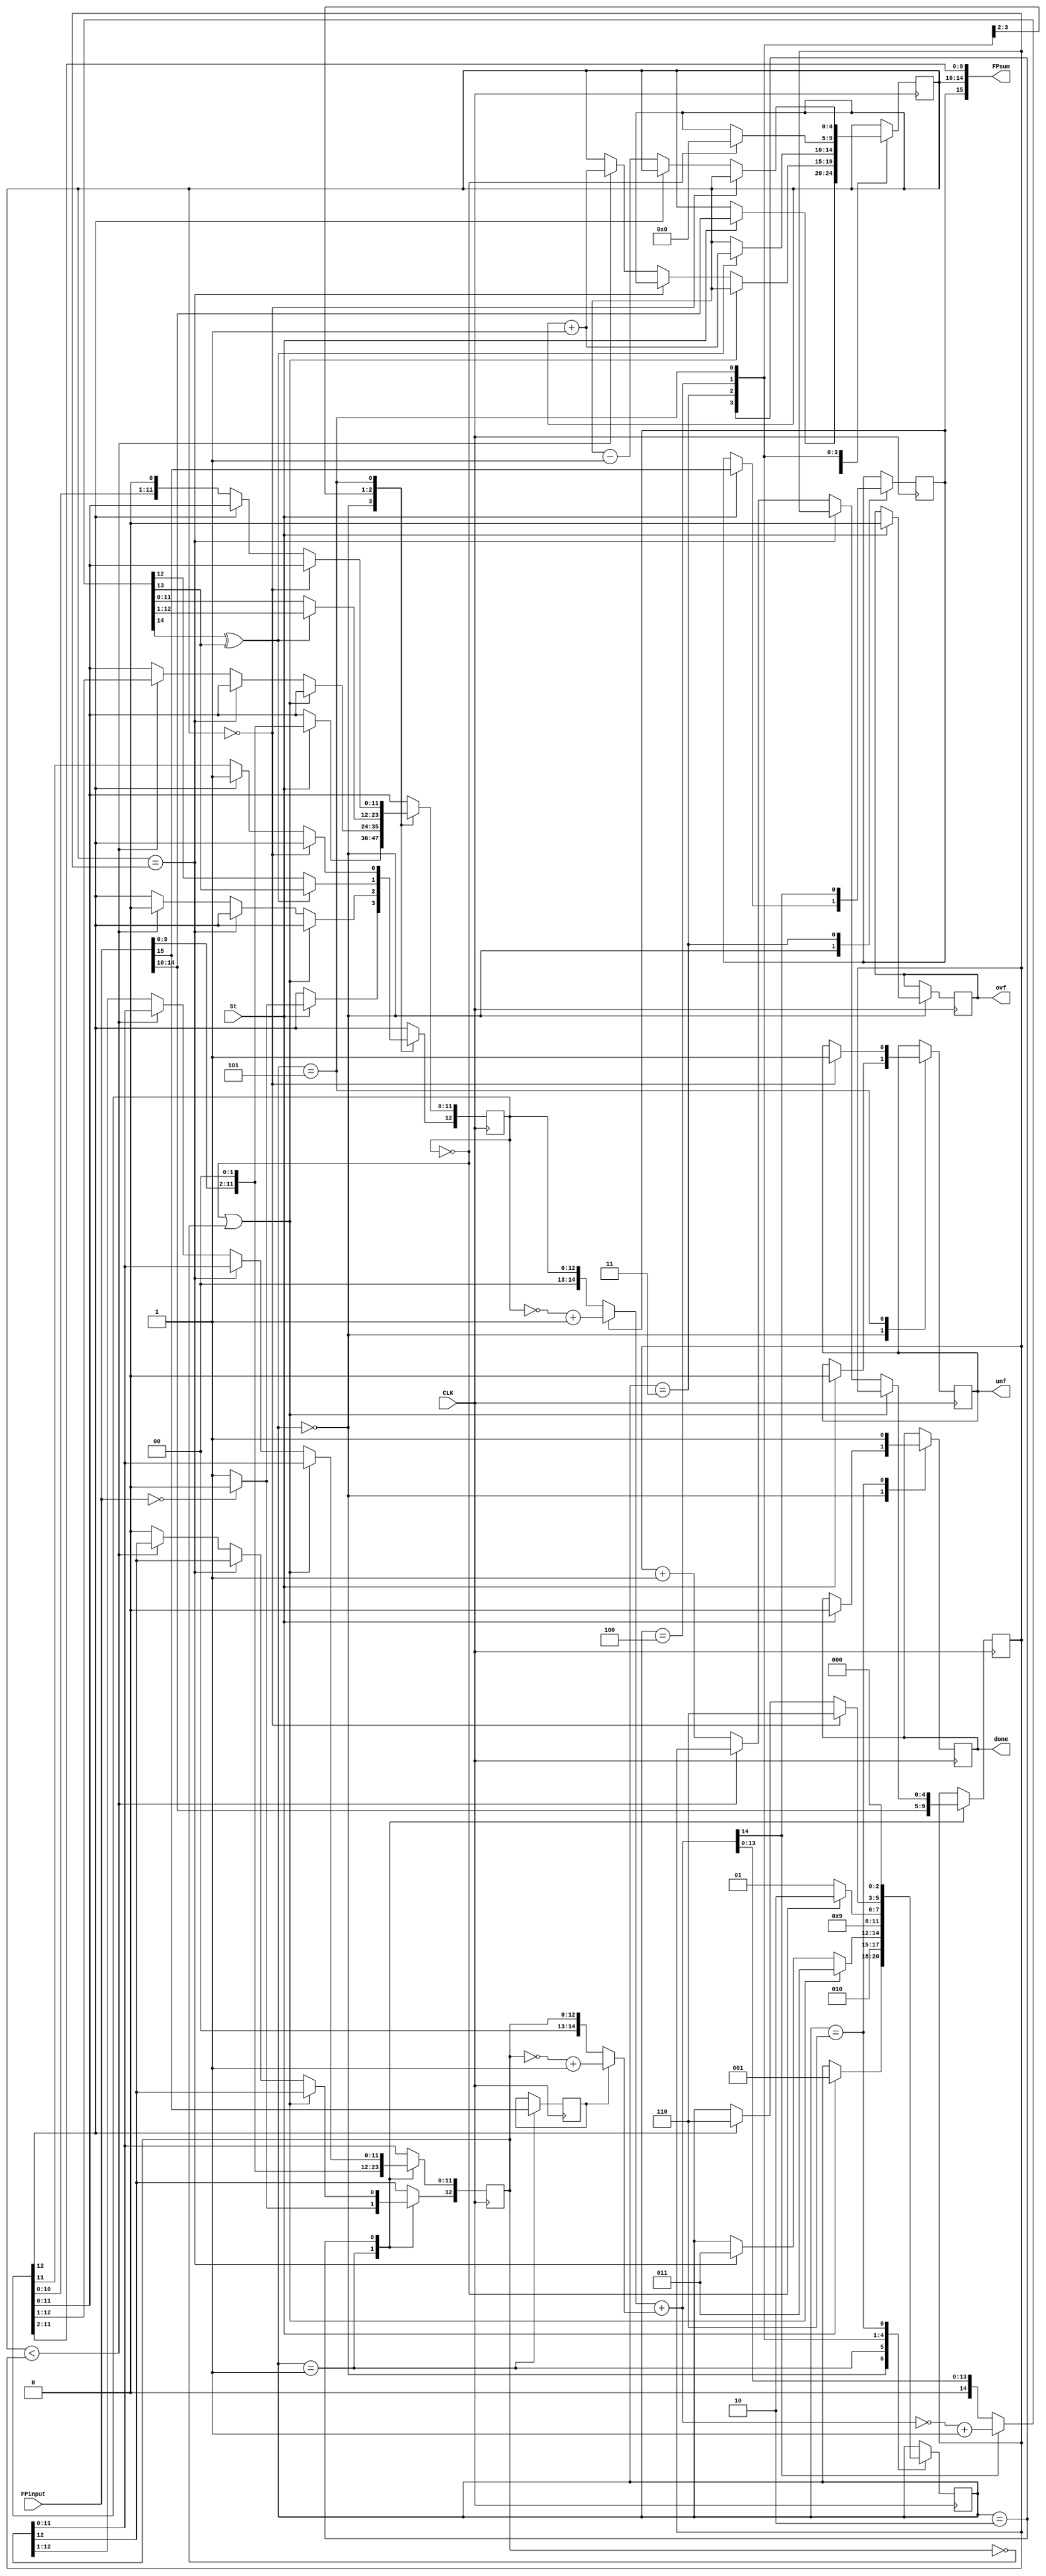
/* in Half precision FPA, 1bit = Sign bit,
								  5 bit = exp , 
								  10 bit = fraction/mentessa 
*/

module FPADD (CLK, St, done, ovf, unf, FPinput, FPsum);
input CLK;
input St;			//?
output reg done;
output reg ovf;	//to check overflow 
output reg unf;	//to check underflow
input[15:0] FPinput;
output[15:0] FPsum;

reg[12:0] F1;	//fraction of in1(10+2) 2 more bit to check overflow condition 
reg[12:0] F2;	//fraction of in2(10+2)
reg[4:0] E1;	//exp of in1
reg[4:0] E2;	//exp of in2
reg S1;  		//in1 sign bit
reg S2;			//in2 sign bit
wire FV;
wire FU;
wire[14:0] F1comp;	//gaurd
wire[14:0] F2comp;
wire[14:0] Addout;	//f1comp+f2comp
wire[14:0] Fsum;
reg[2:0] State;      //stages

initial
begin
State = 0;
done = 0;
ovf = 0;
unf = 0;
S1 = 0;
S2 = 0;
F1 = 0;
F2 = 0;
E1 = 0;
E2 = 0;
end

assign F1comp = (S1) ? ~({2'b00, F1}) + 1 : {2'b00, F1} ; //if sign bit 1 then comp
assign F2comp = (S2 == 1'b1) ? ~({2'b00, F2}) + 1 : {2'b00, F2} ;	//if sign bit 1 then comp
assign Addout = F1comp + F2comp ;
assign Fsum = ((Addout[14]) == 1'b0) ? Addout : ~Addout + 1 ;
assign FV = Fsum[14] ^ Fsum[13] ; 	//to find overflow
assign FU = ~F1[12] ;					//underflow
assign FPsum = {S1, E1, F1[11:2]} ;  



always @(posedge CLK)
begin

	case (State)
	0 : 								//for input 1
		begin
		if (St == 1'b1)
		begin
		E1 <= FPinput[14:10] ; 	//exp (5 bit)
		S1 <= FPinput[15] ;		//sign
		F1[12:0] <= {FPinput[9:0], 2'b00} ;
		if (FPinput == 0)  //?
		begin
		F1[12] <= 1'b0 ;
		end
		else
		begin
		F1[12] <= 1'b1 ;
		end
		done <= 1'b0 ;
		ovf <= 1'b0 ;
		unf <= 1'b0 ;
		State <= 1 ;
		end
		end
		
	1 :												//for input 2
		begin
		E2 <= FPinput[14:10] ;
		S2 <= FPinput[15] ;
		F2[12:0] <= {FPinput[9:0], 2'b00} ;
		if (FPinput == 0)
		begin
		F2[12] <= 1'b0 ;
		end
		else
		begin
		F2[12] <= 1'b1 ;
		end
		State <= 2 ;
		end
	2 :										//to check exp condition
		begin
		if (F1 == 0 | F2 == 0)			//if both frcn are zero => stage 3
		begin
		State <= 3 ;						
		end
		else
		begin
		if (E1 == E2)						//if both have same exp value => stage 3
		begin
		State <= 3 ;
		end
		else if (E1 < E2)					//make them equal by right shift 
		begin
		F1 <= {1'b0, F1[12:1]} ;		//righr shift? if yes then why they concider only fractn
		E1 <= E1 + 1 ;
		end
		else
		begin
		F2 <= {1'b0, F2[12:1]} ;
		E2 <= E2 + 1 ;
		end
		end
		end
	3 :								//if (F1 == 0 | F2 == 0) elif e1=e2	
		begin
		S1 <= Addout[14] ;   	//????? comp1 and com2 ni last bit  is sign:????
		if (FV == 1'b0)
		begin
		F1 <= Fsum[12:0] ;
		end
		else
		begin
		F1 <= Fsum[13:1] ;     //stage 4 for overflow
		E1 <= E1 + 1 ;
		end
		State <= 4 ;
		end
	4 :							//if state 3 is overflow then how f1 can equal to 0?????
		begin
		if (F1 == 0)
		begin
		E1 <= 5'b00000 ;
		State <= 6 ;
		end
		else
		begin
		State <= 5 ;
		end
		end
	5 :
		begin
		if (E1 == 0)
		begin
		unf <= 1'b1 ;
		State <= 6 ;
		end
		else if (FU == 1'b0)
		begin
		State <= 6 ;
		end
		else
		begin
		F1 <= {F1[11:0], 1'b0} ;
		E1 <= E1 - 1 ;
		end
		end
	6 :
		begin
		if (E1 == 255)
		begin
		ovf <= 1'b1 ;
		end
		done <= 1'b1 ;
		State <= 0 ;
		end
		endcase
	end
endmodule